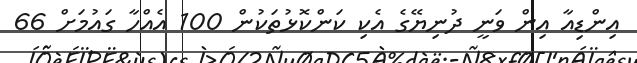
އިންޑިއާ އިން ވަނީ ދުނިޔޭގެ އެކި ކަންކޮޅުތަކުން 100 އެއްހާ ގައުމަށް 66